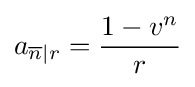
a_{{\overline {n}}|r}={\frac {1-v^{n}}{r}}